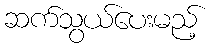
ဆက်သွယ်ပေးမည့်